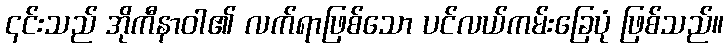
၎င်းသည် အိုကီနာဝါ၏ လက်ရာဖြစ်သော ပင်လယ်ကမ်းခြေပုံ ဖြစ်သည်။